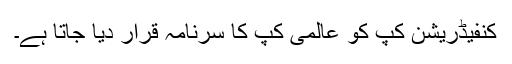
کنفیڈریشن کپ کو عالمی کپ کا سرنامہ قرار دیا جاتا ہے۔